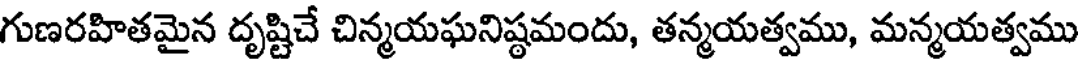
గుణరహితమైన దృష్టిచే చిన్మయఘనిష్ఠమందు, తన్మయత్వము, మన్మయత్వము